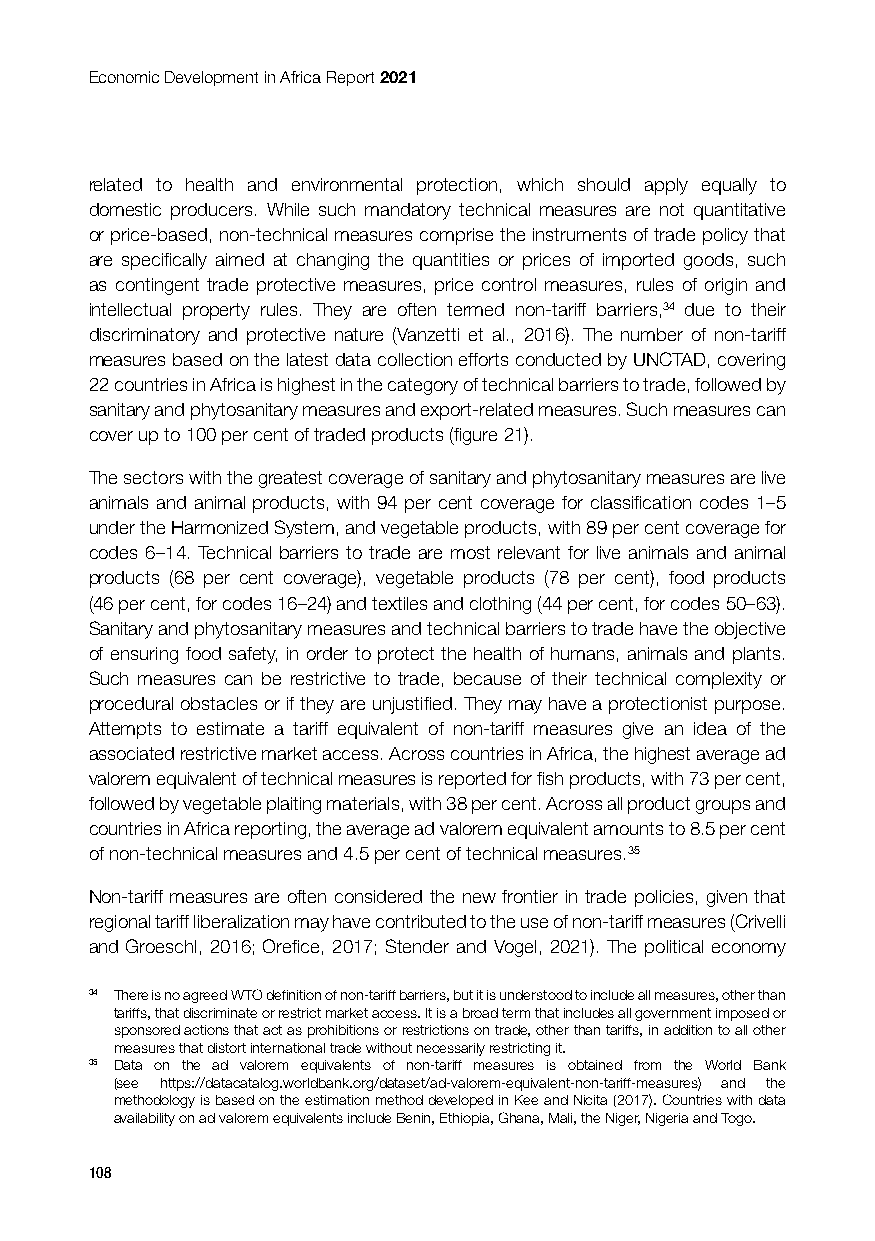
Economic Development in Africa Report 2021
 related to health and environmental protection, which should apply equally to
 domestic producers. While such mandatory technical measures are not quantitative
 or price-based, non-technical measures comprise the instruments of trade policy that
 are specifically aimed at changing the quantities or prices of imported goods, such
 as contingent trade protective measures, price control measures, rules of origin and
 intellectual property rules. They are often termed non-tariff barriers,34 due to their
 discriminatory and protective nature (Vanzetti et al., 2016). The number of non-tariff
 measures based on the latest data collection efforts conducted by UNCTAD, covering
 22 countries in Africa is highest in the category of technical barriers to trade, followed by
 sanitary and phytosanitary measures and export-related measures. Such measures can
 cover up to 100 per cent of traded products (figure 21).
 The sectors with the greatest coverage of sanitary and phytosanitary measures are live
 animals and animal products, with 94 per cent coverage for classification codes 1–5
 under the Harmonized System, and vegetable products, with 89 per cent coverage for
 codes 6–14. Technical barriers to trade are most relevant for live animals and animal
 products (68 per cent coverage), vegetable products (78 per cent), food products
 (46 per cent, for codes 16–24) and textiles and clothing (44 per cent, for codes 50–63).
 Sanitary and phytosanitary measures and technical barriers to trade have the objective
 of ensuring food safety, in order to protect the health of humans, animals and plants.
 Such measures can be restrictive to trade, because of their technical complexity or
 procedural obstacles or if they are unjustified. They may have a protectionist purpose.
 Attempts to estimate a tariff equivalent of non-tariff measures give an idea of the
 associated restrictive market access. Across countries in Africa, the highest average ad
 valorem equivalent of technical measures is reported for fish products, with 73 per cent,
 followed by vegetable plaiting materials, with 38 per cent. Across all product groups and
 countries in Africa reporting, the average ad valorem equivalent amounts to 8.5 per cent
 of non-technical measures and 4.5 per cent of technical measures.35
 Non-tariff measures are often considered the new frontier in trade policies, given that
 regional tariff liberalization may have contributed to the use of non-tariff measures (Crivelli
 and Groeschl, 2016; Orefice, 2017; Stender and Vogel, 2021). The political economy
 34 There is no agreed WTO definition of non-tariff barriers, but it is understood to include all measures, other than
 tariffs, that discriminate or restrict market access. It is a broad term that includes all government imposed or
 sponsored actions that act as prohibitions or restrictions on trade, other than tariffs, in addition to all other
 measures that distort international trade without necessarily restricting it.
 35 Data on the ad valorem equivalents of non-tariff measures is obtained from the World Bank
 (see https://datacatalog.worldbank.org/dataset/ad-valorem-equivalent-non-tariff-measures) and the
 methodology is based on the estimation method developed in Kee and Nicita (2017). Countries with data
 availability on ad valorem equivalents include Benin, Ethiopia, Ghana, Mali, the Niger, Nigeria and Togo.
 108